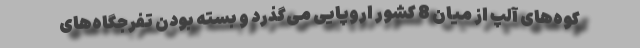
کوه‌های آلپ از میان 8 کشور اروپایی می‌گذرد و بسته بودن تفرجگاه‌های